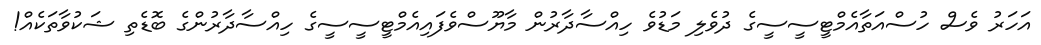
އަހަރު ވެސް ހުސްއަތާއެމްޓީސީސީގެ ދުވެލި މަޑުވެ ހިއްސާދާރުން މާޔޫސްވެފައިއެމްޓީސީސީގެ ހިއްސާދާރުންގެ ބޮޑެތި ޝަކުވާތަކެއް!